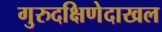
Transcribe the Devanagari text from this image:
गुरुदक्षिणेदाखल